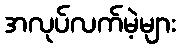
အလုပ်လက်မဲ့များ